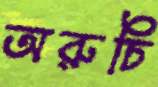
অরুচি